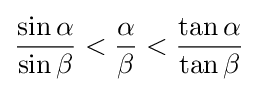
{\frac {\sin \alpha }{\sin \beta }}<{\frac {\alpha }{\beta }}<{\frac {\tan \alpha }{\tan \beta }}